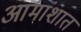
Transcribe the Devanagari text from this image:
आमांशात